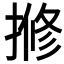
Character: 𫝽